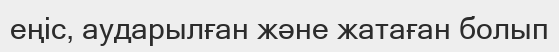
еңіс, аударылған және жатаған болып